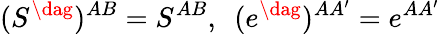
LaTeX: (S^{\dag})^{AB}=S^{AB},\ \ (e^{\dag})^{AA^{\prime}}=e^{AA^{\prime}}